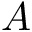
A